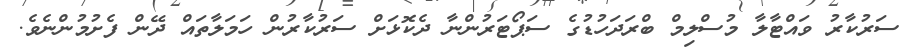
ސަަރުކާރު ވައްޓާލާ މުސްލިމް ބްރަދަހުޑުގެ ސަޕޯޓަރުންނާ ދެކޮޅަށް ސަރުކާރުން ހަމަލާތައް ދޭން ފެށުމުންނެވެ.